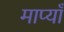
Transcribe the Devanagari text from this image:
माप्याँ